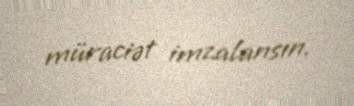
müraciət imzalansın.